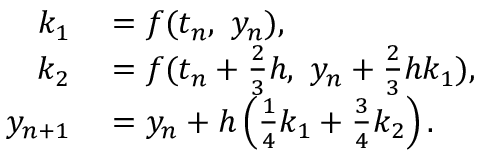
\begin{array} { r l } { k _ { 1 } } & { { } = f ( t _ { n } , \ y _ { n } ) , } \\ { k _ { 2 } } & { { } = f ( t _ { n } + { \frac { 2 } { 3 } } h , \ y _ { n } + { \frac { 2 } { 3 } } h k _ { 1 } ) , } \\ { y _ { n + 1 } } & { { } = y _ { n } + h \left( { \frac { 1 } { 4 } } k _ { 1 } + { \frac { 3 } { 4 } } k _ { 2 } \right) . } \end{array}